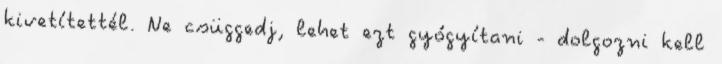
kivetítettél. Ne csüggedj, lehet ezt gyógyítani - dolgozni kell